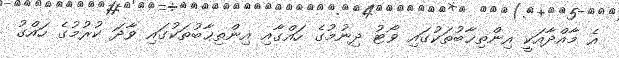
އެ މާއްދާއަކީ އިންތިޚާބުތަކުގައި ވޯޓު ދިނުމުގެ ހައްގާއި އިންތިޚާބުތަކުގައި ވާދަ ކުރުމުގެ ހައްގު